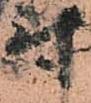
尉